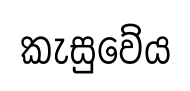
කැසුවේය